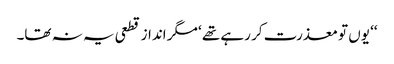
‘‘ یوں تو معذرت کر رہے تھے ‘ مگر انداز قطعی یہ نہ تھا۔